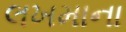
લખમાના